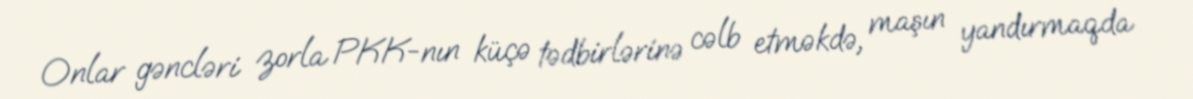
Onlar gəncləri zorla PKK-nın küçə tədbirlərinə cəlb etməkdə, maşın yandırmaqda